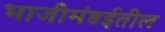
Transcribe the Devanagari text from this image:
भाजीमंडईतील